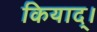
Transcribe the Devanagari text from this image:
कियाद्।